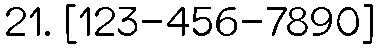
21. [123-456-7890]